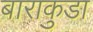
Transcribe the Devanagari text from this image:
बाराकुडा